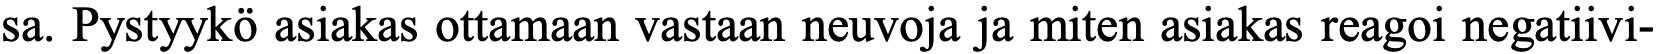
sa. Pystyykö asiakas ottamaan vastaan neuvoja ja miten asiakas reagoi negatiivi-